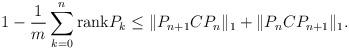
LaTeX: \begin{align*}1-\frac{1}{m}\sum_{k=0}^n{\rm rank}P_k\le \|P_{n+1}CP_n\|_1 + \|P_nCP_{n+1}\|_1.\end{align*}